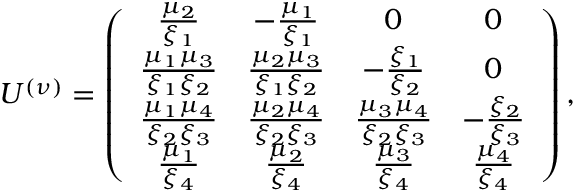
U ^ { ( \nu ) } = \left( \begin{array} { c c c c } { { { \frac { \mu _ { 2 } } { \xi _ { 1 } } } } } & { { - { \frac { \mu _ { 1 } } { \xi _ { 1 } } } } } & { { 0 } } & { { 0 } } \\ { { { \frac { \mu _ { 1 } \mu _ { 3 } } { \xi _ { 1 } \xi _ { 2 } } } } } & { { { \frac { \mu _ { 2 } \mu _ { 3 } } { \xi _ { 1 } \xi _ { 2 } } } } } & { { - { \frac { \xi _ { 1 } } { \xi _ { 2 } } } } } & { { 0 } } \\ { { { \frac { \mu _ { 1 } \mu _ { 4 } } { \xi _ { 2 } \xi _ { 3 } } } } } & { { { \frac { \mu _ { 2 } \mu _ { 4 } } { \xi _ { 2 } \xi _ { 3 } } } } } & { { { \frac { \mu _ { 3 } \mu _ { 4 } } { \xi _ { 2 } \xi _ { 3 } } } } } & { { - { \frac { \xi _ { 2 } } { \xi _ { 3 } } } } } \\ { { { \frac { \mu _ { 1 } } { \xi _ { 4 } } } } } & { { { \frac { \mu _ { 2 } } { \xi _ { 4 } } } } } & { { { \frac { \mu _ { 3 } } { \xi _ { 4 } } } } } & { { { \frac { \mu _ { 4 } } { \xi _ { 4 } } } } } \end{array} \right) ,